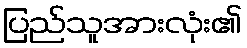
ပြည်သူအားလုံး၏